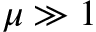
\mu \gg 1